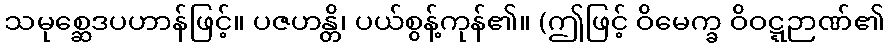
သမုစ္ဆေဒပဟာန်ဖြင့်။ ပဇဟန္တိ၊ ပယ်စွန့်ကုန်၏။ (ဤဖြင့် ဝိမေက္ခ ဝိဝဋ္ဋဉာဏ်၏